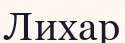
Лихар